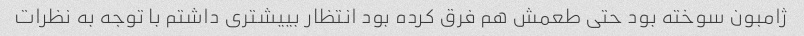
ژامبون سوخته بود حتی طعمش هم فرق کرده بود انتظار بییشتری داشتم با توجه به نظرات